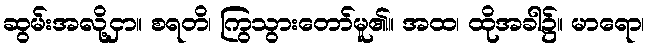
ဆွမ်းအလို့ငှာ။ စရတိ၊ ကြွသွားတော်မူ၏။ အထ၊ ထိုအခါ၌။ မာရော၊